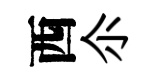
西尒